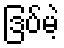
ဒြပ်မဲ့